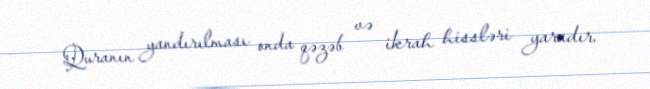
Quranın yandırılması onda qəzəb və ikrah hissləri yaradır.